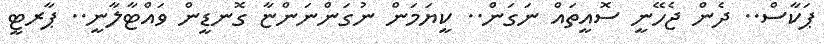
ޕަކާސް.. ދެން ޖެހޭނީ ސޮއީތައް ނަގަން.. ކީޔަމަން ނުގަންނަންޏާ ގޮނޑީން ވައްޓާާލާނީ.. ޕާރޓީ